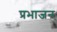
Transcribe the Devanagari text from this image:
प्रभाजन